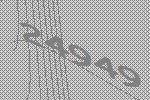
24949